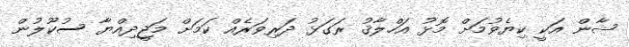
ޝާން އަކީ ކިޔެވުމަށް މޮޅު އަހްލާޤު ރަގަޅު ދަރިވަރެއް ކަމަށް މަޖީދިއްޔާ ސުކޫލުން